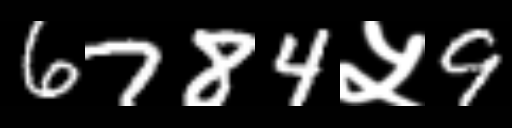
Text: 6784५9